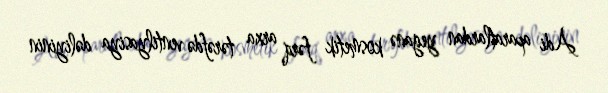
Adi aparatlardan yeganə kosmetik fərq arxa tərəfdə ventilyasiya dəliyinin